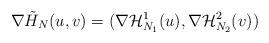
LaTeX: \begin{align*} \nabla \tilde H_N(u,v) = (\nabla \mathcal H_{N_1}^1(u), \nabla \mathcal H_{N_2}^2(v)) \end{align*}